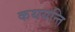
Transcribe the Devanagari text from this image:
कथयन्ति